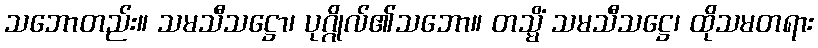
သဘောတည်း။ သမသီသဋ္ဌော၊ ပုဂ္ဂိုလ်၏သဘော။ တသ္မိံ သမသီသဋ္ဌေ၊ ထိုသမတရား